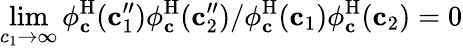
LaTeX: \operatorname*{lim}_{c_{1}\to\infty}{\phi_{\mathbf{c}}^{\mathrm{H}}(\mathbf{c}_{1}^{\prime\prime})\phi_{\mathbf{c}}^{\mathrm{H}}(\mathbf{c}_{2}^{\prime\prime})}/{\phi_{\mathbf{c}}^{\mathrm{H}}(\mathbf{c}_{1})\phi_{\mathbf{c}}^{\mathrm{H}}(\mathbf{c}_{2})}=0